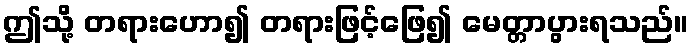
ဤသို့ တရားဟော၍ တရားဖြင့်ဖြေ၍ မေတ္တာပွားရသည်။